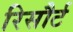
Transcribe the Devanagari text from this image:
रिसौर्ट